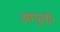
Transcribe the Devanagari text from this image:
आपूर्ती।